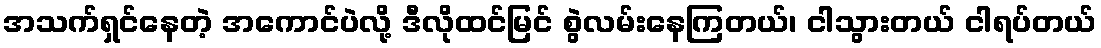
အသက်ရှင်နေတဲ့ အကောင်ပဲလို့ ဒီလိုထင်မြင် စွဲလမ်းနေကြတယ်၊ ငါသွားတယ် ငါရပ်တယ်